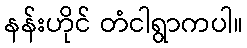
နန်းဟိုင် တံငါရွာကပါ။